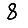
Digit: 8